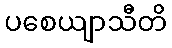
ပစေယျာသီတိ